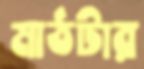
মাঠটার